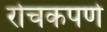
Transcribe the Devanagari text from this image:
रोचकपणे